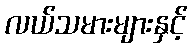
လယ်သမားများနှင့်